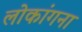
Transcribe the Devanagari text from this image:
लोकांगना